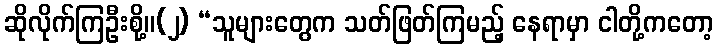
ဆိုလိုက်ကြဦးစို့။(၂) “သူများတွေက သတ်ဖြတ်ကြမည့် နေရာမှာ ငါတို့ကတော့